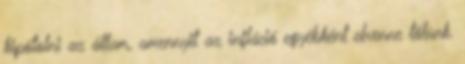
kipótolni az állam, amennyit az infláció egyébként elvenne tőlünk.